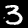
Label: 3